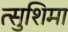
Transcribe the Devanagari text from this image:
त्सुशिमा